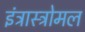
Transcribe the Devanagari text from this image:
इंट्रास्ट्रोमल